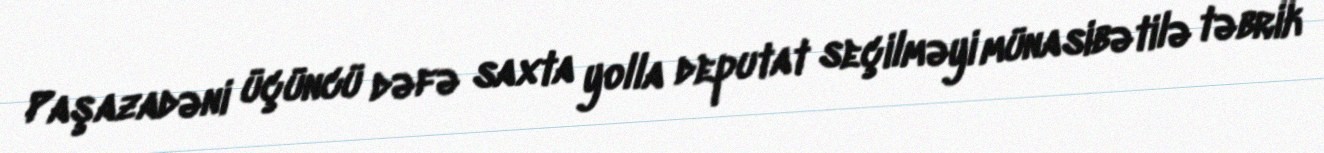
Paşazadəni üçüncü dəfə saxta yolla deputat seçilməyi münasibətilə təbrik